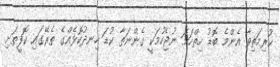
ކުރިމަތިވާ އެންމެ ބޮޑު ހިތްހަމަ ނުޖެހުމަކީ ގެންނަތާ ކުޑަ ހިނދުކޮޅެއްގެ ތެރޭގައި ކޮފީތަށި